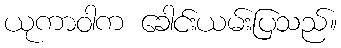
ယုကာဝါက ခေါင်းယမ်းပြသည်။